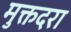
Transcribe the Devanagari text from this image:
मुक्तदरा